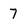
Character: 7